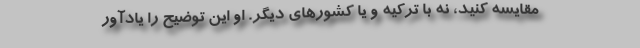
مقایسه کنید، نه با ترکیه و یا کشورهای دیگر. او این توضیح را یادآور